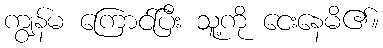
ကျွန်မ ကြောင်ပြီး သူ့ကို ငေးနေမိ၏။